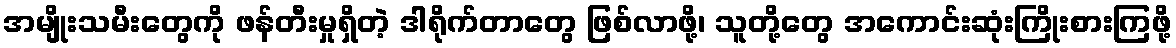
အမျိုးသမီးတွေကို ဖန်တီးမှုရှိတဲ့ ဒါရိုက်တာတွေ ဖြစ်လာဖို့၊ သူတို့တွေ အကောင်းဆုံးကြိုးစားကြဖို့